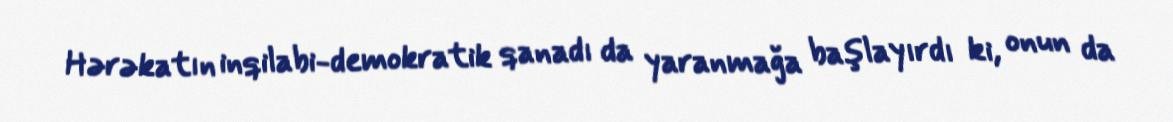
Hərəkatın inqilabi-demokratik qanadı da yaranmağa başlayırdı ki, onun da